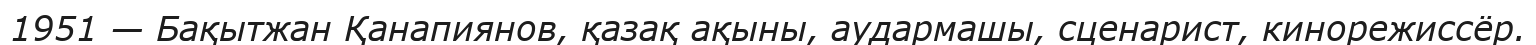
1951 — Бақытжан Қанапиянов, қазақ ақыны, аудармашы, сценарист, кинорежиссёр.